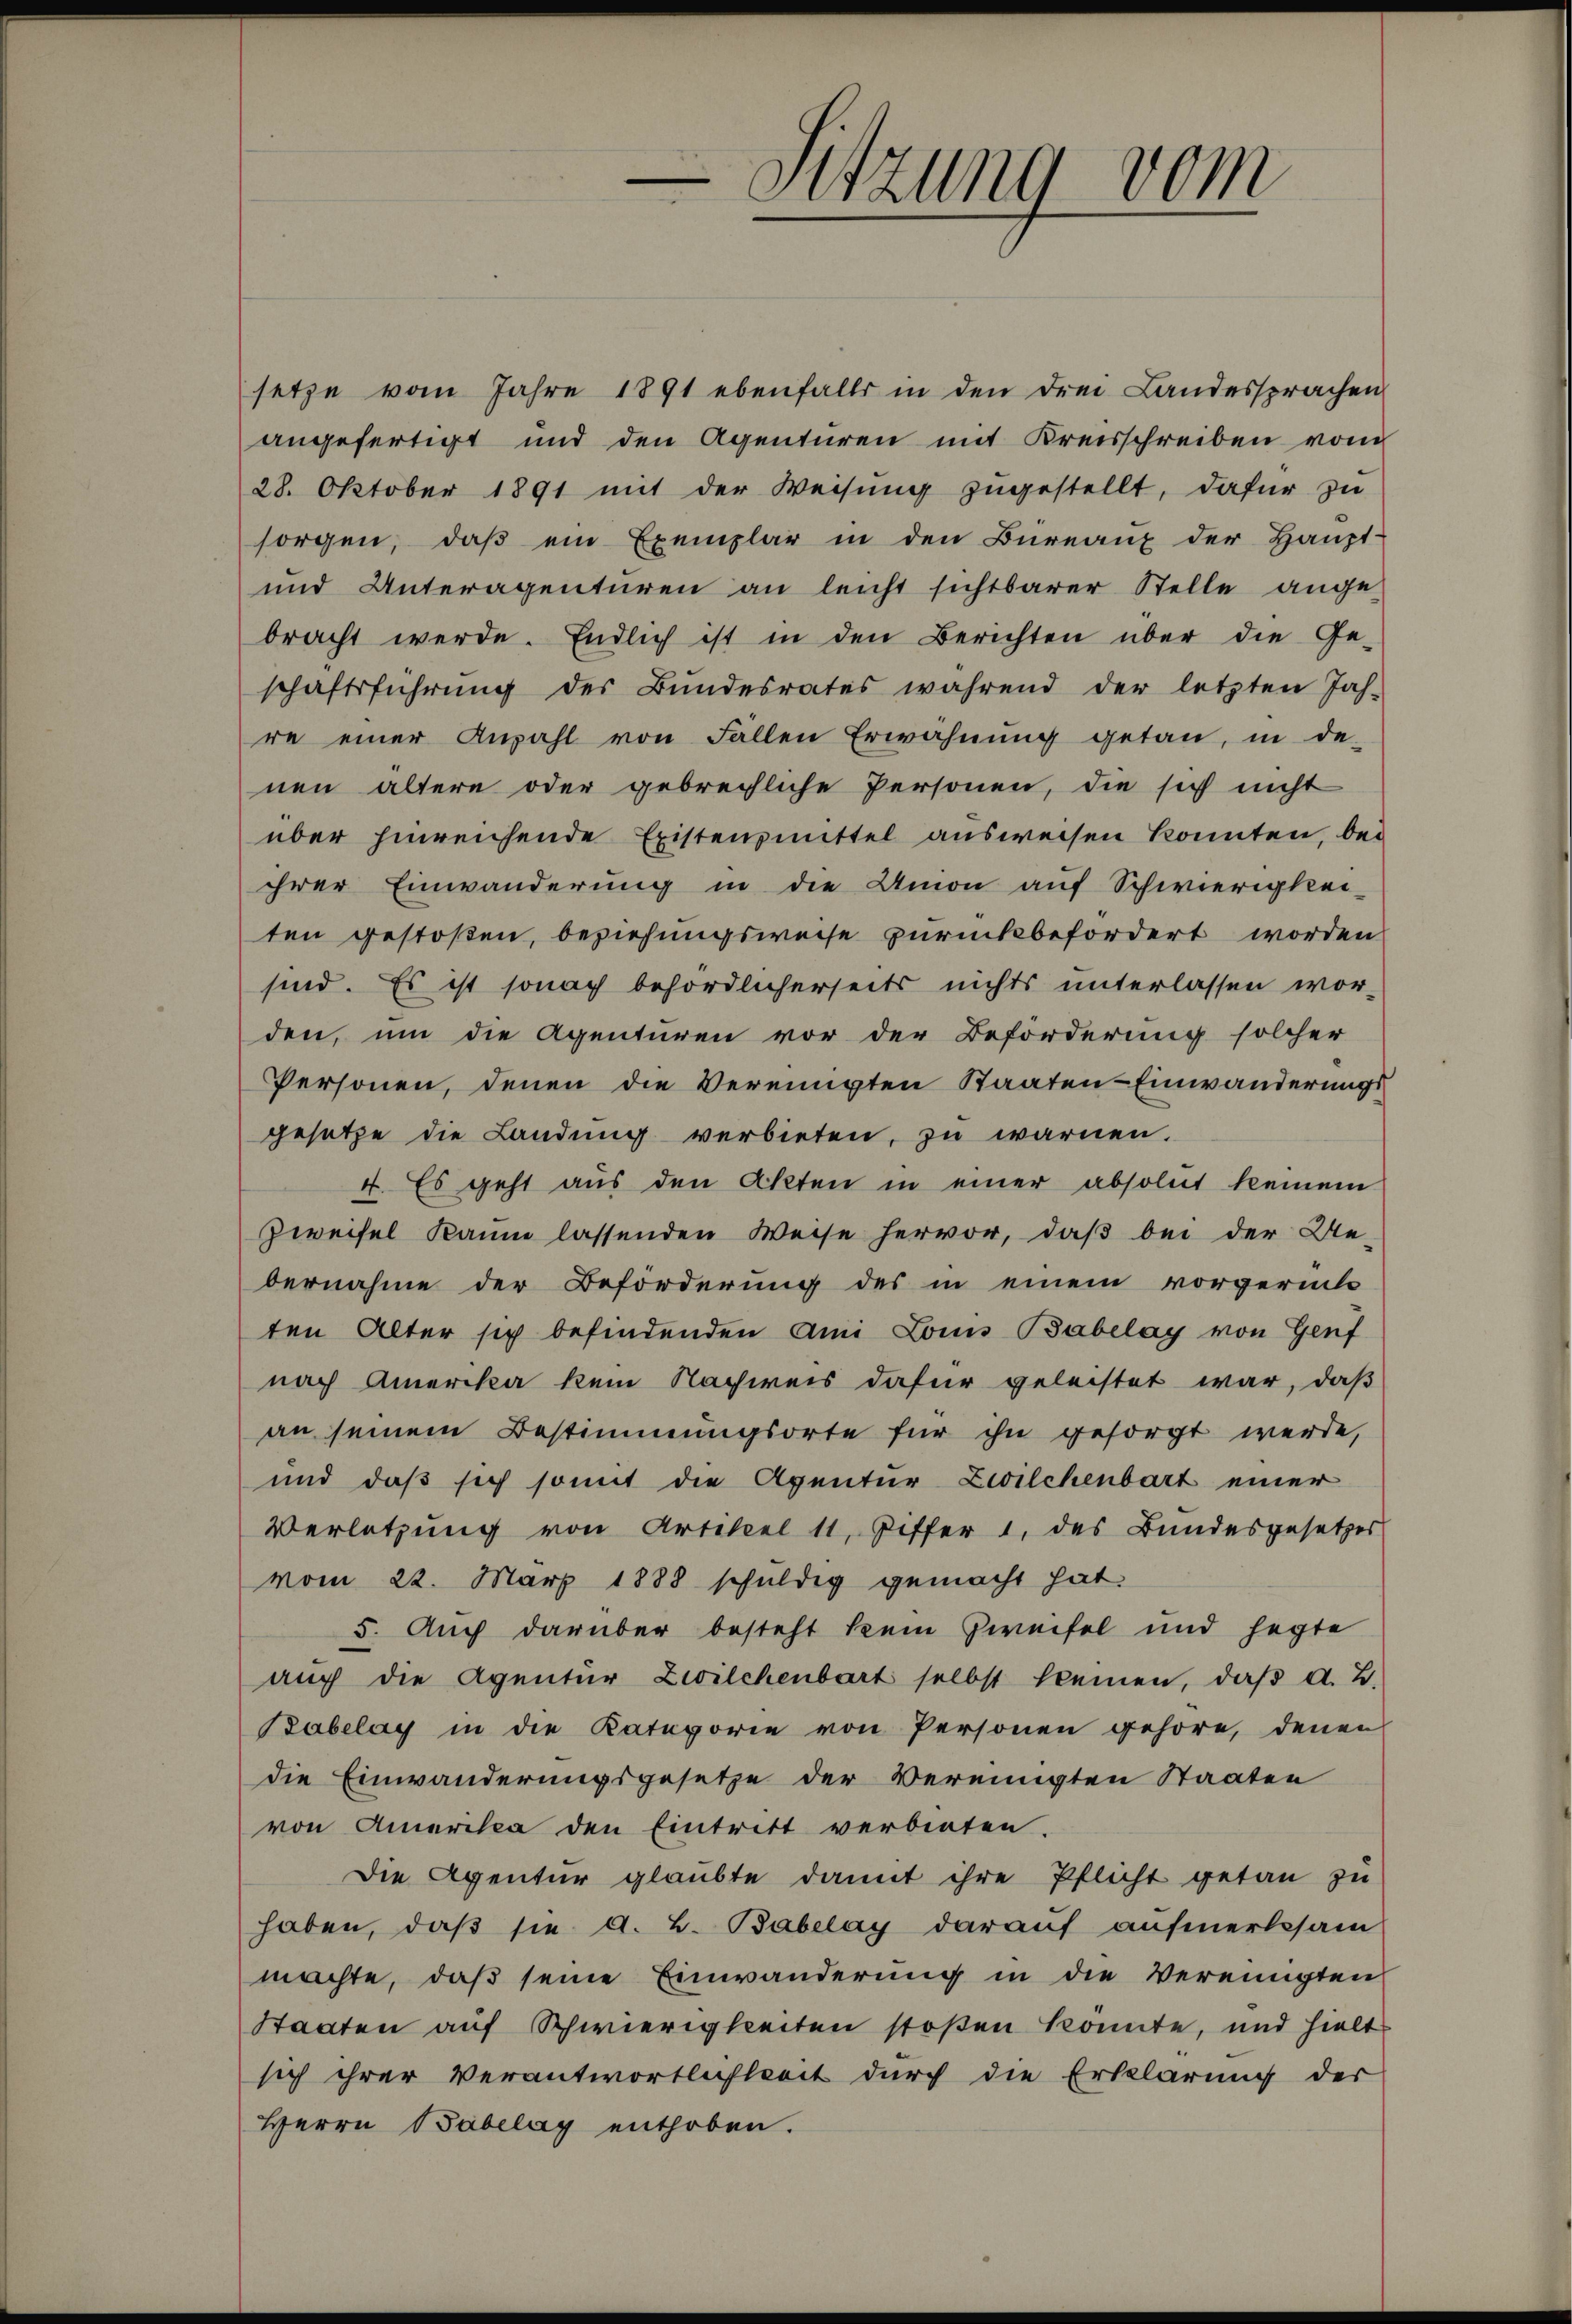
Sitzung vom

setze vom Jahre 1891 ebenfalls in den drei Landessprachen
angefertigt und den Agenturen mit Kreisschreiben vom
28. Oktober 1891 mit der Weisung zugestellt, dafür zu
sorgen, daβ ein Exemplar in den Büreaŭ der Haupt-
und Unteragentüren an leicht sichtbarer Stelle ange-
bracht werde. Endlich ist in den Berichten über die Ge-
schaftsführung der Bundesrates während der letzten Jah-
re einer Anzahl von Fällen Erwähnung getan, in de-
nen ältern oder gebrechliche Personen, die sich nicht
über hinreichende Existenzmittel ausweisen konnten, bei
ihrer Einwanderung in die Union auf Schwierigkei-
ten gestoßen, beziehungsweise zurückbefördert worden
sind. Es ist sonach behördlicherseits nichts unterlassen wor-
den, um die Agenturen vor der Beförderung solcher
Personen, denen die Vereinigten Staaten-Einwänderungs
gesetze die Landung verbieten, zu warnen.
4. Es geht aus den Akten in einer absolut keinem
Zweifel kaum lassenden Weise hervor, daß bei der Ue-
bernahme der Beförderung des in einem vorgerück
ten Alter sich befindenden Ami Louis Babelay von Genf
nach Amerika kein Nachweis dafür geleistet war, daß
an seinem Bestimmungsorte für ihn gesorgt werde,
und daß sich somit die Agentur Zwilchenbart einer
Verletzung von Artikel 11, Ziffer 1, des Bundesgesetzes
vom 22. März 1888 schuldig gemacht hat.
5. Auch darüber besteht kein Zweifel und hegte
auch die Agentür Zwilchenbart selbst keinen, daβ A. B.
Babelay in die Kategorie von Personen gehöre, denen
die Einwanderungsgesetze der Vereinigten Staaten
von Amerika den Eintritt verbieten.
Die Agentur glaubte damit ihre Pflicht getan zu
haben, daß sie d. 2. Babulay darauf aufmerksam
machte, daß seine Einwanderung in die Vereinigten
Staaten auf Schwierigkeiten stoßen könnte, und hielt
sich ihrer Verantwortlichkeit durch die Erklärung der
Herrn Babelag enthoben.